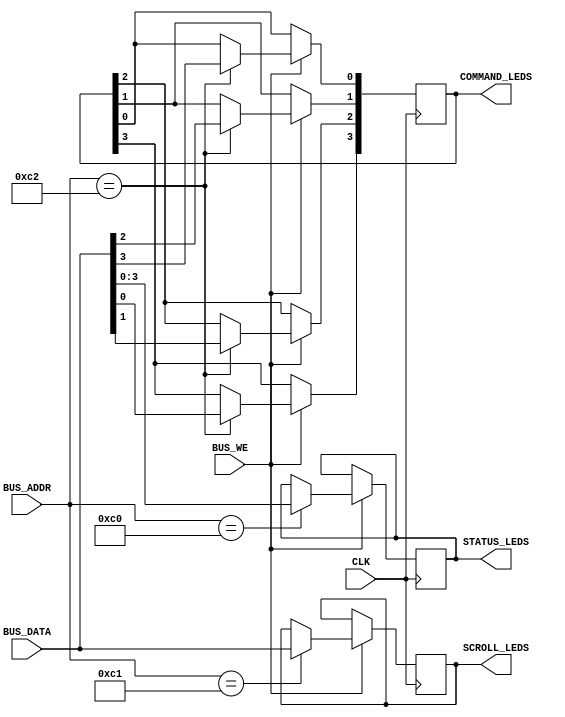
`timescale 1ns / 1ps
//////////////////////////////////////////////////////////////////////////////////
// Company: University of Edinburgh
// 
// Design Name: Mouse Driver
// Module Name: LEDs
// Project Name: Digital Systems Laboratory
// Target Devices: Basys3 FPGA Board
// Tool Versions: Vivado 2015.2
// Description: Peripheral Module to write data from the BUS_DATA to the LEDs on the
//              FPGA Board.
// 
// Dependencies: none.
// 
// Revision:
// Revision 0.01 - File Created
// Additional Comments:
// 
//////////////////////////////////////////////////////////////////////////////////


module LEDs(

    // Standard Inputs
    input           CLK,
    
    // BUS Data and Address Inputs
    input [7:0]     BUS_DATA,
    input [7:0]     BUS_ADDR,
    input           BUS_WE, // Write Enable Signal (WE)   
    
    // Status Mouse Byte Output to be tied to FPGA board pins
    output [3:0]    STATUS_LEDS,
    
    // Scroll Wheel Mouse Byte Output to be tied to FPGA board pins 
    output [7:0]    SCROLL_LEDS,
    
    // Commands sent from the IR
    output [3:0]    COMMAND_LEDS
    
    );
    
    
    //**************************************************************************//
    // Sequential Logic to write Mouse Status information (Right Click, Left Click,
    // Middle Mouse Button, from BUS_DATA to the LEDs.
    
    reg [3:0] MouseStatus; // Register to fill with mousestatus data from BUS_DATA. Will be assigned to STATUS_LEDS.
    reg [7:0] MouseScroll; // Register to fill with mousescroll data from BUS_DATA. Will be assigned to SCROLL_LEDS.
    reg [3:0] Command;     // LED Command Register
    
    
    parameter [7:0] LEDsBaseAddr = 8'hC0; // LEDs Base Address defined in Lab Guidebook. Remains unchanged.
    
    
    always@(posedge CLK) begin
            if(BUS_WE) begin // If Write enable set to 1 then proceed.
                    if(BUS_ADDR == LEDsBaseAddr)            // Checking whether BUS_ADDR is set to Base LED Address (C0)
                            MouseStatus <= BUS_DATA[3:0];   // Set MouseStatus to value of BUS_DATA[3:0] which will hold MouseStatus information.
                    if(BUS_ADDR == LEDsBaseAddr + 1)        // Checking whether BUS_ADDR is set to High LED Address (C1)
                            MouseScroll <= BUS_DATA[7:0];   // Set MouseScroll to value of BUS_DATA[7:0] which will hold scroll wheel positional information.
                    if(BUS_ADDR == LEDsBaseAddr + 2) begin  // Checking whether BUS_ADDR is set to Highest LED Address (C2)
                            Command[0] <= BUS_DATA[3];      // IR Commands
                            Command[1] <= BUS_DATA[2];   
                            Command[2] <= BUS_DATA[1];   
                            Command[3] <= BUS_DATA[0];
                    end
            end
    end
    
    
    // Assign Statements to link LED output to MouseStatus/ MouseScrollWheel Information read in from BUS_DATA + Spare LEDs to Computation
    assign STATUS_LEDS      = MouseStatus; 
    assign SCROLL_LEDS      = MouseScroll;
    assign COMMAND_LEDS     = Command;
    
endmodule